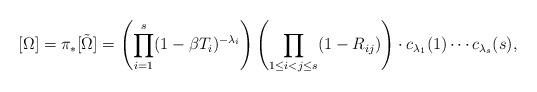
LaTeX: \begin{align*}[\Omega]= \pi_*[\tilde\Omega] &= \left( \prod_{i=1}^s (1-\beta T_i)^{-\lambda_i} \right) \left( \prod_{1\leq i<j\leq s}(1-R_{ij})\right) \cdot {c}_{\lambda_1}(1) \cdots {c}_{\lambda_s}(s),\end{align*}